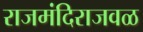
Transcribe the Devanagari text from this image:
राजमंदिराजवळ